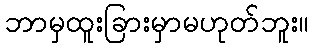
ဘာမှထူးခြားမှာမဟုတ်ဘူး။